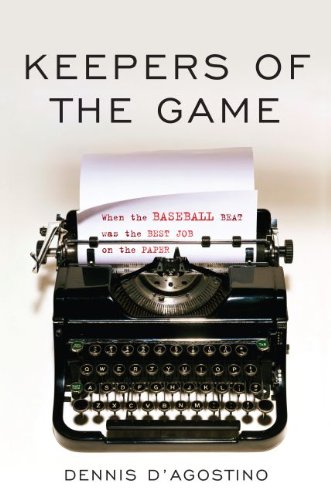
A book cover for Keepers of the Game: When the Baseball Beat was the Best Job on the Paper; Dennis D'Agostino; Sports & Outdoors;